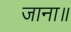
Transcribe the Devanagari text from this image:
जाना॥